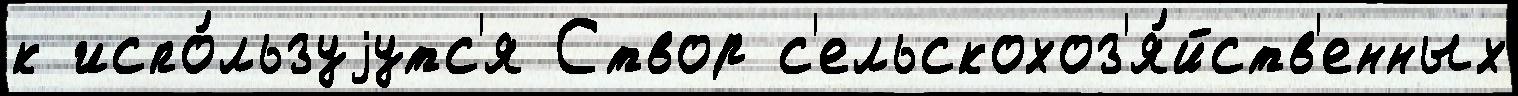
к испо́льзуjутс'я Створ с'ельскохоз'я́йств'енных